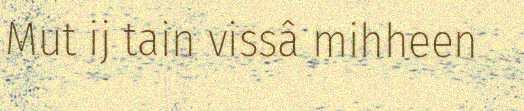
Mut ij tain vissâ mihheen